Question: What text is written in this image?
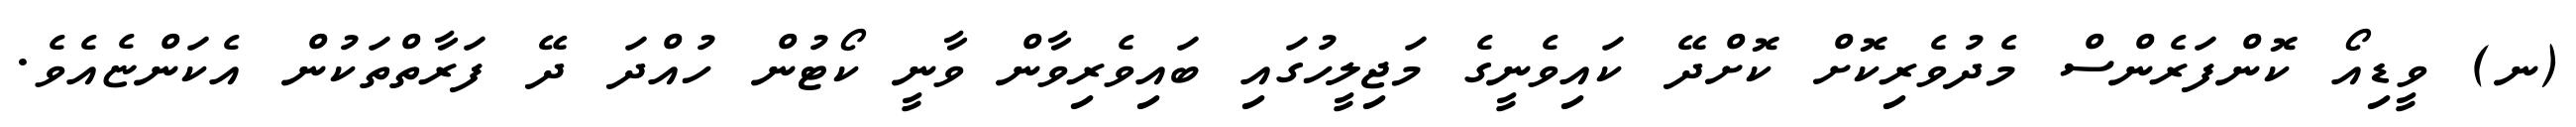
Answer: (ނ) ވީޑިއޯ ކޮންފަރެންސް މެދުވެރިކޮށް ކޮށްދޭ ކައިވެނީގެ މަޖިލީހުގައި ބައިވެރިވާން ވާނީ ކޯޓުން ހުއްދަ ދޭ ފަރާތްތަކުން އެކަންޏެއެވެ.